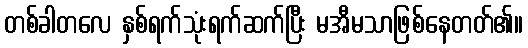
တစ်ခါတလေ နှစ်ရက်သုံးရက်ဆက်ပြီး မအီမသာဖြစ်နေတတ်၏။